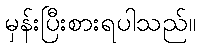
မှန်းပြီးစားရပါသည်။